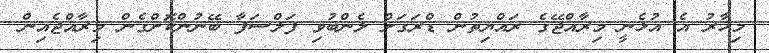
މިހާރު އެ އުޅެނީ މިރާއްޖޭގެ ރައްޔިތުން ޑްރަގަށް ލެންބުވި ފަލްސަފާ ބޭނުންކޮށްގެން މިރާއްޖެއިން